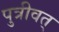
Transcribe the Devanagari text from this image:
पुत्रीवत्